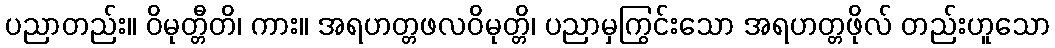
ပညာတည်း။ ဝိမုတ္တီတိ၊ ကား။ အရဟတ္တဖလဝိမုတ္တိ၊ ပညာမှကြွင်းသော အရဟတ္တဖိုလ် တည်းဟူသော